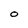
Character: O